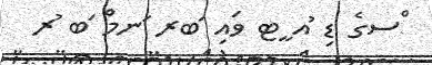
ްސގެ ޑި ުއ ީޓ ވައި ަބރ ަނމް ަބ ުރ